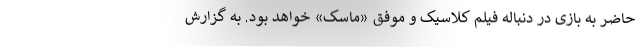
حاضر به بازی در دنباله فیلم کلاسیک و موفق «ماسک» خواهد بود. به گزارش